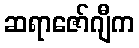
ဆရာဇော်ဂျီက